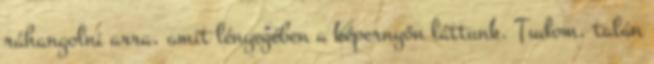
ráhangolni arra, amit lényegében a képernyőn láttunk. Tudom, talán